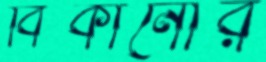
বিকানোর